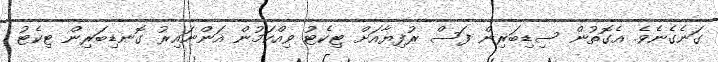
ގަނެގެނެވެ. އެގޮތުން ސިޑިބަރިން ފަސް ރުފިޔާއަށް ޓިކެޓު ވިއްކަމުން އަންނައިރު ގޮނޑިބަރިން ޓިކެޓު